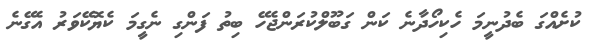
ކުށެއްގަ ބެދުނީމަ ހެކިހޯދާނެ ކަން ގަބޫލްކުރަންޖެހޭ ބިތު ފަންގި ނެގީމަ ކެޔޮކޭވަރު އެގޭނެ